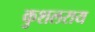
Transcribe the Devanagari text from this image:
कुशलराय